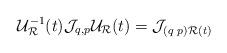
LaTeX: \begin{align*}{\cal U}_{{\cal R}}^{-1}(t){\cal J}_{q,p}{\cal U}_{\cal R}(t)={\cal J}_{(q\,\,p){\cal R}(t)}\end{align*}